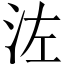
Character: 𣳇